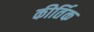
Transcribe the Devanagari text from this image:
कीर्तिक